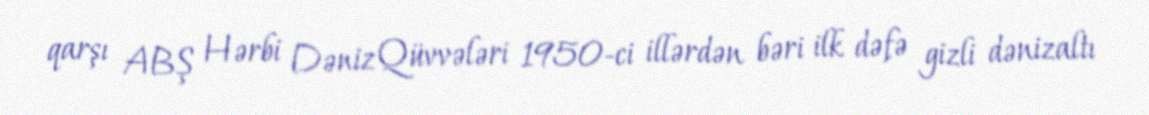
qarşı ABŞ Hərbi Dəniz Qüvvələri 1950-ci illərdən bəri ilk dəfə gizli dənizaltı